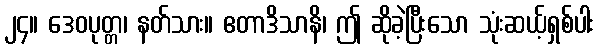
၂၄။ ဒေဝပုတ္တ၊ နတ်သား။ ဧတာဒိသာနိ၊ ဤ ဆိုခဲ့ပြီးသော သုံးဆယ့်ရှစ်ပါး